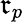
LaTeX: \mathfrak{r}_{p}